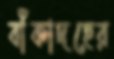
বাঁকাদহের